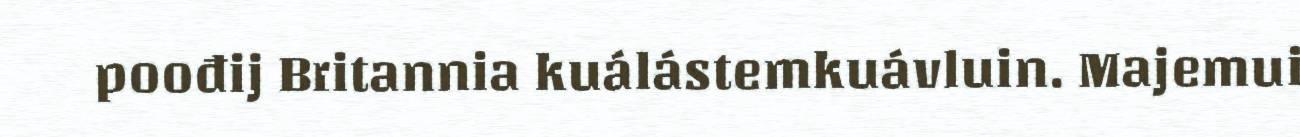
poođij Britannia kuálástemkuávluin. Majemui